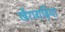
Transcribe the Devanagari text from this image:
खैरागढ़िया